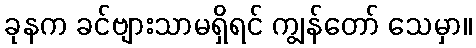
ခုနက ခင်ဗျားသာမရှိရင် ကျွန်တော် သေမှာ။